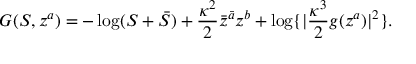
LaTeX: G ( S , z ^ { a } ) = - \log ( S + \bar { S } ) + \frac { \kappa ^ { 2 } } { 2 } \bar { z } ^ { \bar { a } } z ^ { b } + \log \lbrace | \frac { \kappa ^ { 3 } } { 2 } g ( z ^ { a } ) | ^ { 2 } \rbrace .